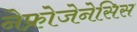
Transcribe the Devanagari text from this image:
नेफ्रोजेनेसिस